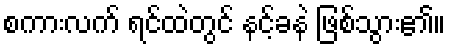
စကားလက် ရင်ထဲတွင် နင့်ခနဲ ဖြစ်သွား၏။